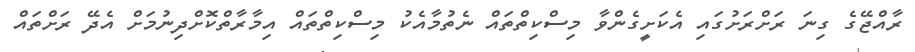
ރާއްޖޭގެ ގިނަ ރަށްރަށުގައި އެކަށީގެންވާ މިސްކިތްތައް ނެތުމާއެކު މިސްކިތްތައް އިމާރާތްކޮށްދިނުމަށް އެދޭ ރަށްތައް